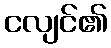
ငလျင်၏